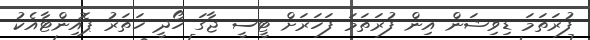
ފުރަތަމަ ޑިވިޝަން އިން ފުރަތަމަ ފަހަރަށް ޓީސީ ޖާގަ ހޯދީ ހަތަރު ޕޮއިންޓާއެކު